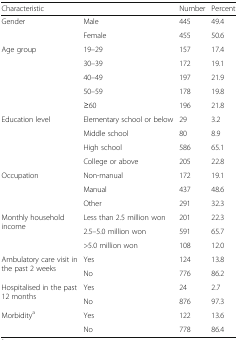
| <COLSPAN=2> Characteristic | Number | Percent |
 | --- | --- | --- | --- |
 | <ROWSPAN=2> Gender | Male | 445 | 49.4 |
 | Female | 455 | 50.6 |
 | <ROWSPAN=5> Age group | 19–29 | 157 | 17.4 |
 | 30–39 | 172 | 19.1 |
 | 40–49 | 197 | 21.9 |
 | 50–59 | 178 | 19.8 |
 | ≥60 | 196 | 21.8 |
 | <ROWSPAN=4> Education level | Elementary school or below | 29 | 3.2 |
 | Middle school | 80 | 8.9 |
 | High school | 586 | 65.1 |
 | College or above | 205 | 22.8 |
 | <ROWSPAN=3> Occupation | Non-manual | 172 | 19.1 |
 | Manual | 437 | 48.6 |
 | Other | 291 | 32.3 |
 | <ROWSPAN=3> Monthly household income | Less than 2.5 million won | 201 | 22.3 |
 | 2.5–5.0 million won | 591 | 65.7 |
 | >5.0 million won | 108 | 12.0 |
 | <ROWSPAN=2> Ambulatory care visit in the past 2 weeks | Yes | 124 | 13.8 |
 | No | 776 | 86.2 |
 | <ROWSPAN=2> Hospitalised in the past 12 months | Yes | 24 | 2.7 |
 | No | 876 | 97.3 |
 | <ROWSPAN=2> Morbiditya | Yes | 122 | 13.6 |
 | No | 778 | 86.4 |